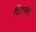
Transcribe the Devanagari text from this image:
चिटनगर